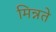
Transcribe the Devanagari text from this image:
मिन्नते